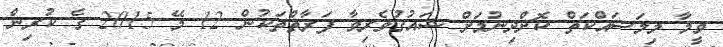
ވީމާ މިމަސައްކަތް ކޮށްދިނުމަށް ޝައުޤުވެރިވާ ފަރާތްތަކުން 12 މޭ 2015 ގެ ކުރިން